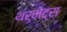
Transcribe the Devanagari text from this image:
थर्मेट्स